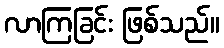
လာကြခြင်း ဖြစ်သည်။